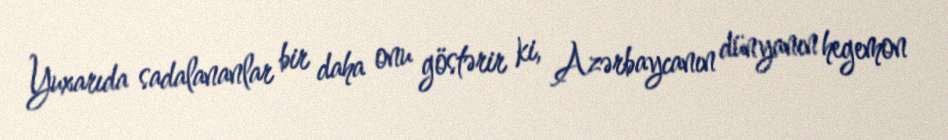
Yuxarıda sadalananlar bir daha onu göstərir ki, Azərbaycanın dünyanın hegemon